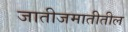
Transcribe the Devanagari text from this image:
जातीजमातीतील